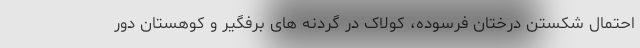
احتمال شکستن درختان فرسوده، کولاک در گردنه های برفگیر و کوهستان دور